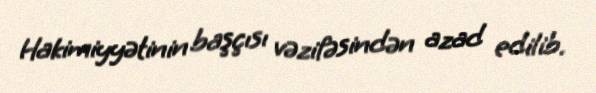
Hakimiyyətinin başçısı vəzifəsindən azad edilib.